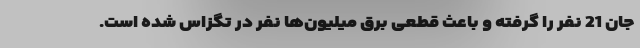
جان 21 نفر را گرفته و باعث قطعی برق میلیون‌ها نفر در تگزاس شده است.